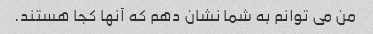
من می توانم به شما نشان دهم که آنها کجا هستند.